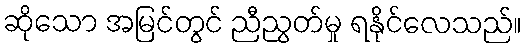
ဆိုသော အမြင်တွင် ညီညွတ်မှု ရနိုင်လေသည်။